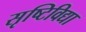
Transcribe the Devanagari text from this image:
सृष्टिविद्या